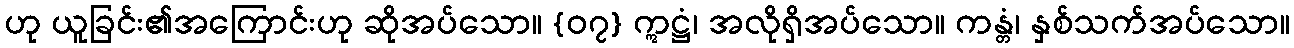
ဟု ယူခြင်း၏အကြောင်းဟု ဆိုအပ်သော။ {၀၇} ဣဋ္ဌံ၊ အလိုရှိအပ်သော။ ကန္တံ၊ နှစ်သက်အပ်သော။